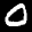
Label: 0